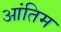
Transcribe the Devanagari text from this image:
आंतिम